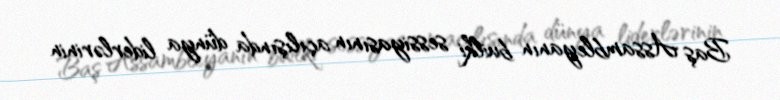
Baş Assambleyanın builki sessiyasının açılışında dünya liderlərinin